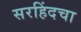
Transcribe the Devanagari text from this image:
सरहिंदचा